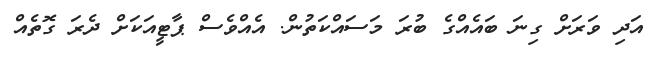
އަދި ވަރަށް ގިނަ ބައެއްގެ ބުރަ މަސައްކަތުން. އެއްވެސް ޕާޓީއަކަށް ދެރަ ގޮތެއް